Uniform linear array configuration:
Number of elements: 8
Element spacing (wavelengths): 1
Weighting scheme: hamming
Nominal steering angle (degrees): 60
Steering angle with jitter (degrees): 60.874
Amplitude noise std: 0.05
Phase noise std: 0.05

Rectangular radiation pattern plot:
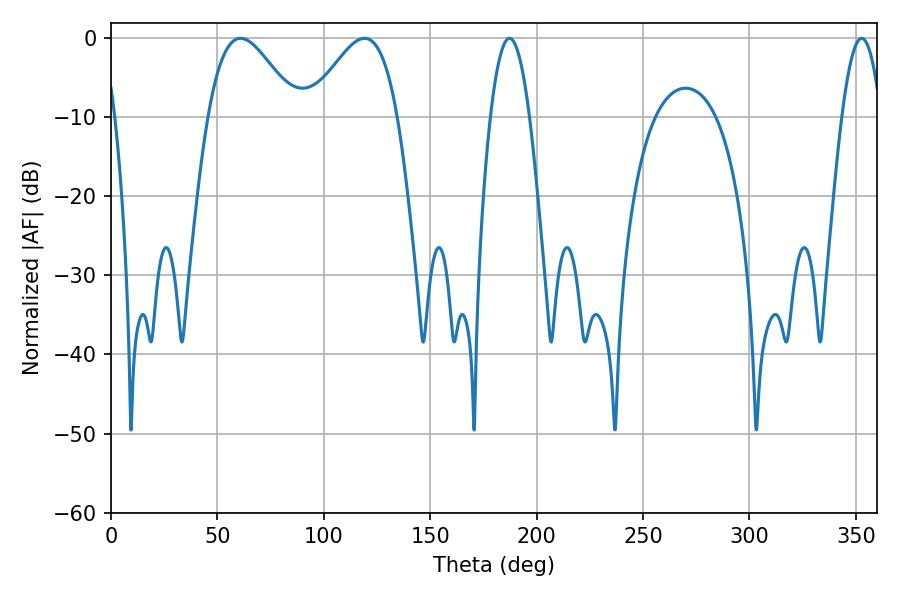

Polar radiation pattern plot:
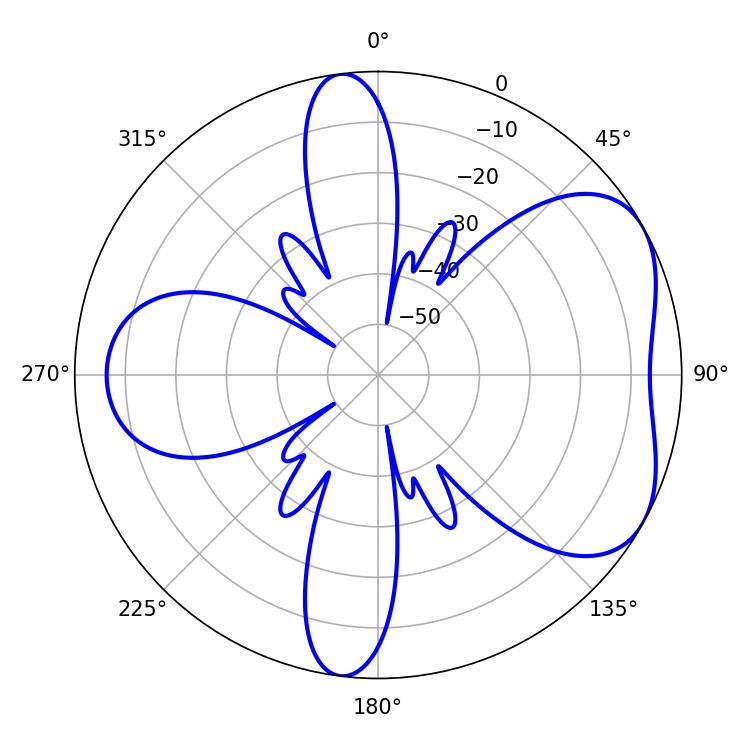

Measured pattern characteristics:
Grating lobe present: TRUE
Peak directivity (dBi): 5.078
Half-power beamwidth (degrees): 22.14
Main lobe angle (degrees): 60.84